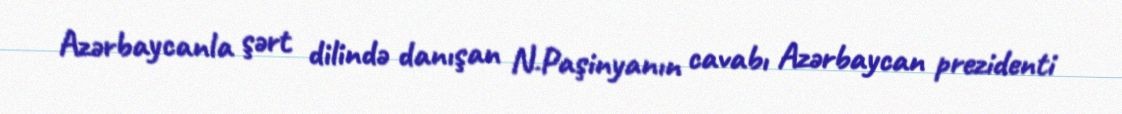
Azərbaycanla şərt dilində danışan N.Paşinyanın cavabı Azərbaycan prezidenti